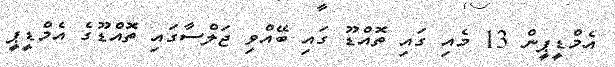
އެމްޑީޕީން 13 މެއި ގައި ތޮއްޑޫ ގައި ބޭއްވި ޖަލްސާގައި ތޮއްޑޫގެ އެމްޑީޕީ